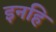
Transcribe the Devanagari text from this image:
इनहि